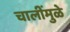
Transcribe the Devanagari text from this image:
चालींमुळे